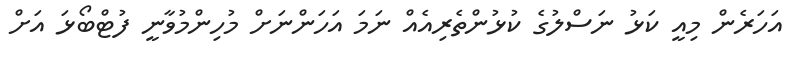
އަހަރެން މިއީ ކަޅު ނަސްލުގެ ކުޅުންތެރިއެއް ނަމަ އަހަންނަށް މުހިންމުވާނީ ފުޓްބޯޅަ އަށް